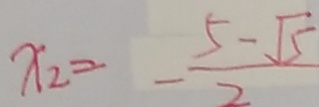
x _ { 2 } = - \frac { 5 - \sqrt { 5 } } { 2 }